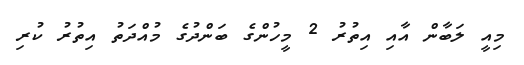
މިއީ ލަބާން އާއި އިތުރު 2 މީހުންގެ ބަންދުގެ މުއްދަތު އިތުރު ކުރި